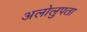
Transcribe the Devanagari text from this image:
अलोलुपता